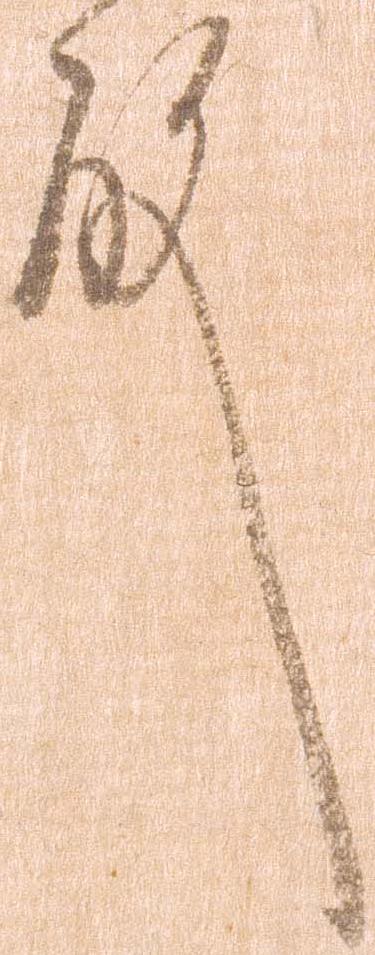
殿